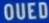
QUED